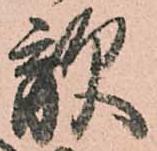
敵